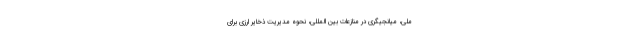
ملی، میانجیگری در منازعات بین المللی، نحوه مدیریت ذخایر ارزی برای